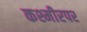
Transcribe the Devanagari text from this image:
कश्मीरपर